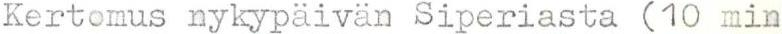
Kertomus nykypäivän Siperiasta (10 min